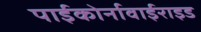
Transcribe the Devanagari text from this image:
पाईकोर्नावाईराइड